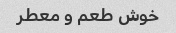
خوش طعم و معطر